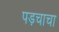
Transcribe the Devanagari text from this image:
पड़चाचा